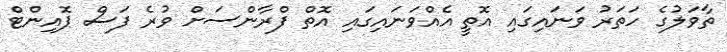
ތާވަލުގެ ހަތަރު ވަނައިގައި އޮތީ އެއްވަނައިގައި އޮތް ފްރާންސަށް ވުރެ ފަސް ޕޮއިންޓް